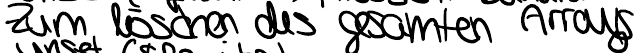
Zum löschen des gesamten Arrays